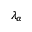
\lambda _ { \alpha }